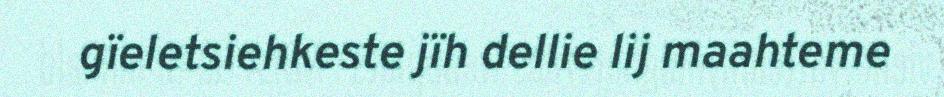
gïeletsiehkeste jïh dellie lij maahteme